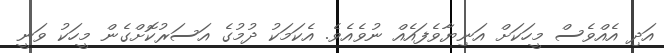
އަދި އެއްވެސް މީހަކަށް އަނިޔާވެފައެއް ނުވެއެވެ. އެކަމަކު ދުމުގެ އަސަރުކޮށްގެން މީހަކު ވަނީ